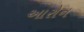
આરોન